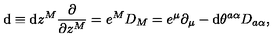
\mathrm { d } \equiv \mathrm { d } z ^ { M } \frac { \partial } { \partial z ^ { M } } = e ^ { M } D _ { M } = e ^ { \mu } \partial _ { \mu } - \mathrm { d } \theta ^ { a \alpha } D _ { a \alpha } ,